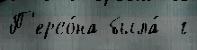
П'ерсо́на была́  г